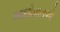
આછોપાતળો